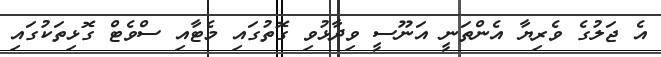
އެ ޖަލުގެ ވެރިޔާ އެންތަނީ އަނޫސީ ވިދާޅުވި ގޮތުގައި މެޓާއި ސްވެޓް ގޮޅިތަކުގައި